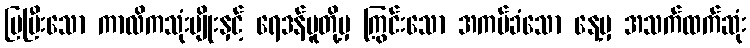
ပြပြီးသော ကာလိကသုံးမျိုးနှင့် ရေဒန်ပူတို့မှ ကြွင်းသော အကပ်ခံသော နေ့မှ အသက်ထက်ဆုံး